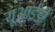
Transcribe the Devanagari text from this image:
यूआईडी